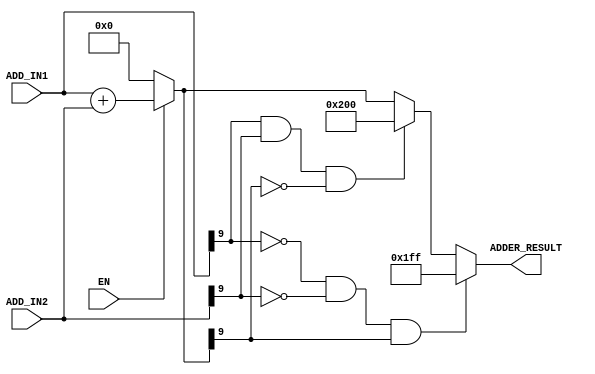
// This is a Adder_Module
// Description:

module sdfa_adder_module#(

parameter integer DATA_IN_MAX_SIZE = 8,
parameter integer DATA_KEEP_SIZE = 3,

parameter integer W_SIZE_BIT = 14,

parameter integer CAL_BIT = 10,

parameter integer NUMBER_OF_NEURONS = 256,
parameter integer NEURON_SIZE_BIT = 8 

 
)
(
input EN,

input [CAL_BIT-1:0] ADD_IN1,
input [CAL_BIT-1:0] ADD_IN2,

output [CAL_BIT-1:0] ADDER_RESULT
);

localparam	MAX = 10'b0111_1111_11,
			MIN = 10'b1000_0000_00;


wire [CAL_BIT-1:0] sum_temp;			
assign sum_temp = EN ? ADD_IN1+ADD_IN2 : 'd0;
assign ADDER_RESULT = ( (!ADD_IN1[CAL_BIT-1])&(!ADD_IN2[CAL_BIT-1])&(sum_temp[CAL_BIT-1]) ) ? MAX : ( (ADD_IN1[CAL_BIT-1])&(ADD_IN2[CAL_BIT-1])&(!sum_temp[CAL_BIT-1]) ) ? MIN : sum_temp;	
// ????????????????????????????????????????? OUTPUT WIRE ???


endmodule